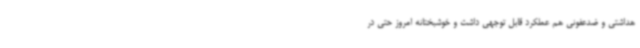
هداشتی و ضدعفونی هم عملکرد قابل توجهی داشت و خوشبختانه امروز حتی در